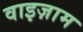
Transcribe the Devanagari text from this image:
वाइज़ाम